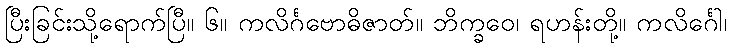
ပြီးခြင်းသို့ရောက်ပြီ။ ၆။ ကလိင်္ဂဗောဓိဇာတ်။ ဘိက္ခဝေ၊ ရဟန်းတို့။ ကလိင်္ဂေါ၊